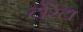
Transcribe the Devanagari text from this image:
टोर्रेटा